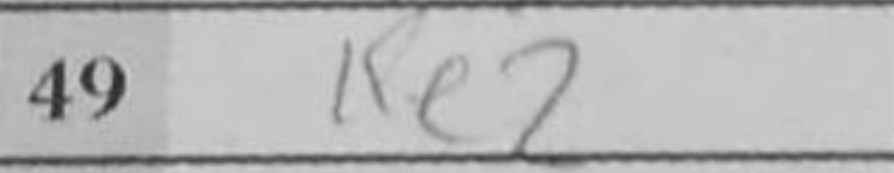
Transcription: Ke2